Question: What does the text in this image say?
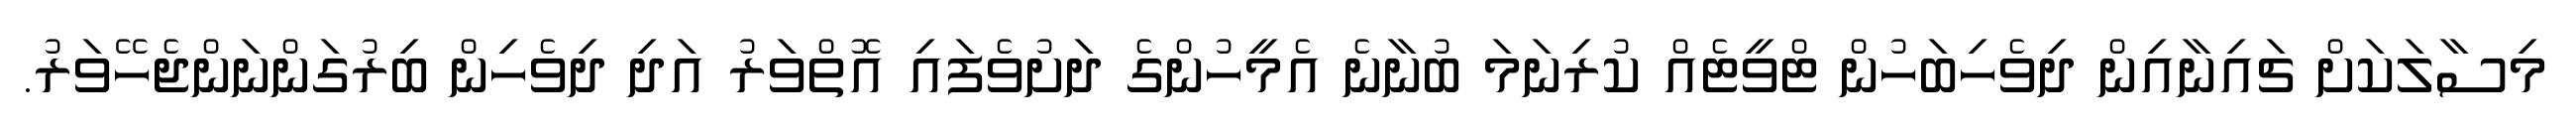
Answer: މިސާލަކަށް ޗައިނާއިން ދިވެހިބަހުން ޓްވީޓެއް ކުރިނަމަ ބުނާނެ އެމީހުންގެ ދަށުވެފައި އޮތްވަރު އަދި ދިވެހިން ބިރުގަންނަންޖެހޭވަރު.